Vaccination in Bombay 1913-1923 - 1913-1923
Year: 1913
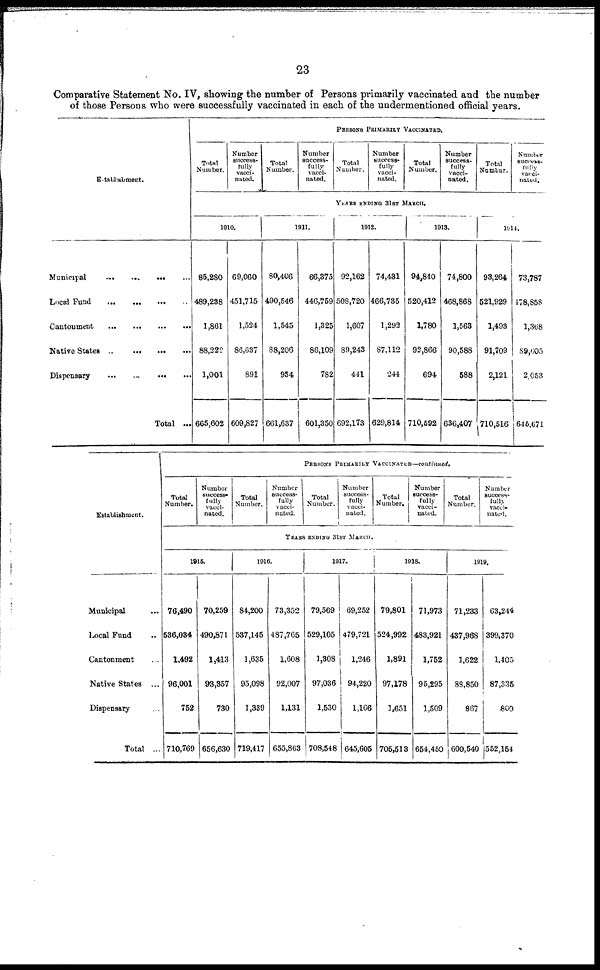
23
Comparative Statement No. IV, showing the number of Persons primarily vaccinated and the number
of those Persons who were successfully vaccinated in each of the undermentioned official years.
Establishment.
Municipal
...
...
...
Local Fund
...
...
...
Cantonment
...
...
...
Native States
...
...
...
Dispensary
...
...
...
Total ...
PERSONS PRIMARILY VACCINATED.
Total
Number.
Number
success-
fully
vacci-
nated.
Total
Number.
Number
success-
fully
vacci-
nated.
Total
Number.
Number
success-
fully
vacci-
nated.
Total
Number.
Number
success-
fully
vacci-
nated.
Total
Numbur.
Number
success-
fuliy
vacci-
nated.
YEARS ENDING 31ST MARCH.
1910.
85,280
489,238
1,861
88,222
1,001
665,602
69,060
451,715
1,524
86,637
891
609,827
1911.
80,406
490,546
1,545
88,206
934
661,637
66,375
446,759
1,325
86,109
782
601,350
1912.
92,162
508,720
1,607
89,243
441
692,173
74,431
466,735
1,292
87,112
244
629,814
1913.
94,840
520,412
1,780
92,866
694
710,592
74,800
468,868
1,563
90,588
588
636,407
1914.
93,264
521,929
1,493
91,709
2,121
710,516
73,787
478,858
1,368
89,605
2,053
646,671
Establishment.
Municipal ...
Local Fund ...
Cantonment
...
Native States ...
Dispensary ...
Total ...
PERSONS PRIMARILY
VACCINATED—continued.
Total
Number.
Number
success-
fully
vacci-
nated.
Total
Number.
Number
success-
fully
vacci-
nated.
Total
Number.
Number
success-
fully
vacci-
nated.
Total
Number.
Number
success-
fully
vacci-
nated.
Total
Number.
Number
success-
fully
vacci-
nated.
YEARS ENDING 31ST MARCH.
1915.
76,490
536,034
1,492
96,001
752
710,769
70,259
490,871
1,413
93,357
730
656,630
1916.
84,200
537,145
1,635
95,098
1,339
719,417
73,352
487,765
1,608
92,007
1,131
655,863
1917.
79,569
529,105
1,308
97,036
1,530
708,548
69,252
479,721
1,246
94,220
1,166
645,605
1918.
79,801
524,992
1,891
97,178
1,651
705,513
71,973
483,921
1,752
95,295
1,509
654,450
1919.
71,233
437,968
1,622
88,850
867
600,540
63,244
399,370
1,405
87,335
800
552,154